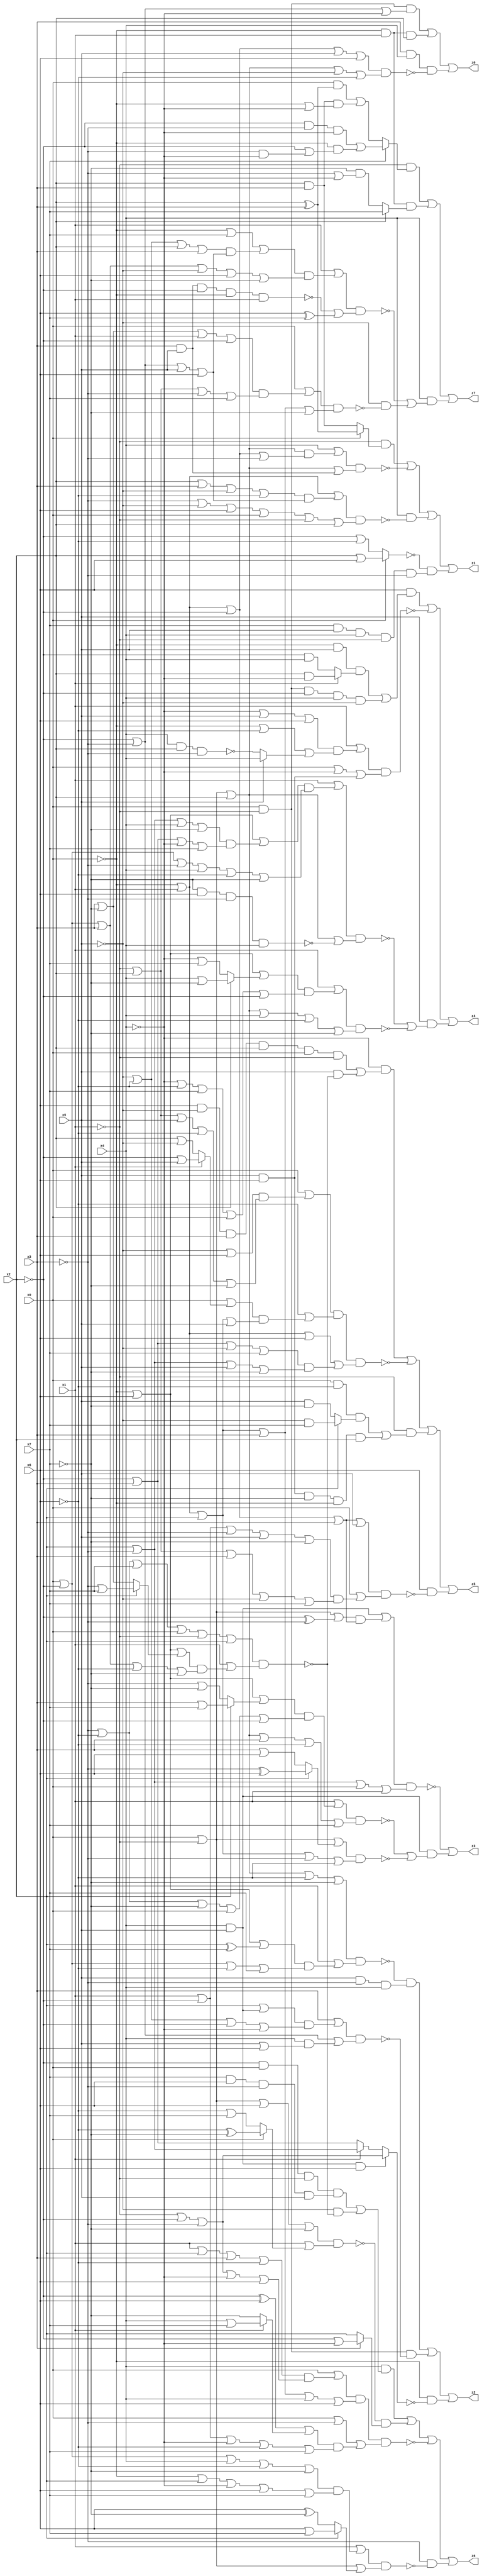
// Benchmark "quot_res" written by ABC on Sun Jan 08 05:21:12 2023

module quot_res ( 
    x0, x1, x2, x3, x4, x5, x6, x7,
    z0, z1, z2, z3, z4, z5, z6, z7  );
  input  x0, x1, x2, x3, x4, x5, x6, x7;
  output z0, z1, z2, z3, z4, z5, z6, z7;
  wire n18, n20, n21, n22, n23, n24, n26, n27, n28, n29, n31, n32, n33, n35,
    n36, n37, n38, n39, n40, n41, n43, n44, n45, n46, n47, n48, n49, n50,
    n51, n53, n54, n55, n56, n57, n58, n59, n60, n61, n63, n64, n65, n66,
    n67, n68;
  assign z0 = (x0 & ~x1 & (~x2 | ~x3 | ~x4)) | (~x0 & x1 & x2) | (x3 & x4 & ~n18);
  assign n18 = (~x0 | x1 | ~x2 | x5 | x6) & (x0 | ~x1 | x2 | ~x5 | ~x6);
  assign z1 = n21 | ~n24 | (x4 & ~n20) | (~n22 & n23);
  assign n20 = (~x0 | x1 | ((x2 | x3 | ~x5 | ~x6) & (~x2 | ~x3 | x5 | x6))) & (~x3 | ~x5 | x6 | x0 | ~x1 | x2);
  assign n21 = ~x1 & (x0 ? (x2 ^ x3) : (x2 & x3));
  assign n22 = x0 ? (x2 | x6) : (~x2 | ~x6);
  assign n23 = x7 & x5 & x4 & ~x1 & ~x3;
  assign n24 = (x4 | ((x0 | ~x1 | x2) & (~x0 | x1 | ~x2 | ~x3))) & (x0 | ~x1 | x2 | (x3 & x5));
  assign z2 = (~n28 & n29) | (x0 & ~x1 & ~n26) | (~x0 & ~n27);
  assign n26 = (x3 | ((x2 | (x4 & x5)) & (~x5 | ~x6 | ~x2 | ~x4))) & (~x2 | ~x3 | (x4 & (x5 | x6)));
  assign n27 = (x4 & x5 & x6) ? (~x1 | ~x2 | ~x3) : (x1 ? (x2 | ~x3) : (~x2 | x3));
  assign n28 = (x0 | ~x1 | x2 | ~x6 | ~x7) & (x1 | ((~x0 | x6 | (x2 ^ x7)) & (x0 | ~x2 | ~x6 | x7)));
  assign n29 = x5 & ~x3 & x4;
  assign z3 = ~n33 | (x4 & x5 & (~n31 | ~n32));
  assign n31 = (x1 | ((~x0 | x6 | (x2 ? (x3 | x7) : (~x3 | ~x7))) & (~x3 | ~x6 | ~x7 | x0 | ~x2))) & (x0 | ~x1 | x2 | x3 | ~x6 | x7);
  assign n32 = (x0 | ~x1 | (x2 ? (~x3 ^ x6) : (x3 | x6))) & (~x0 | x1 | x2 | ~x3 | ~x6);
  assign n33 = ((x4 & x5) | ((x0 | ~x1 | (~x2 ^ ~x3)) & (~x0 | x1 | ~x2 | x3))) & (x2 | ~x3 | x0 | x1);
  assign z4 = n39 | ~n40 | (x5 & (~n35 | ~n38));
  assign n35 = (x1 | n36) & (x0 | ~x1 | x2 | ~n37);
  assign n36 = (~x0 | x6 | ((x2 | ~x3 | x4 | ~x7) & (~x2 | x3 | ~x4 | x7))) & (x0 | ~x2 | ~x3 | x4 | ~x6 | ~x7);
  assign n37 = ~x7 & x6 & ~x3 & x4;
  assign n38 = (x1 | ((~x0 | x6 | (x2 ? (x4 | ~x7) : (~x4 | x7))) & (~x4 | ~x6 | x7 | x0 | ~x2))) & (x0 | ~x1 | x2 | x4 | ~x6 | ~x7);
  assign n39 = x6 & ((~x0 & x5 & (x1 ? (x2 & ~x4) : (~x2 & x4))) | (x0 & ~x1 & ~x2 & x4 & ~x5));
  assign n40 = (x1 | ((~x4 | x5 | x6) & (~x0 | ~x6 | (x5 ? x4 : ~n41)))) & (x0 | ~x4 | (x5 & x6));
  assign n41 = x4 & x2 & ~x3;
  assign z5 = n43 | ~n46 | n50 | (x6 & ~n51);
  assign n43 = ~x4 & (n45 | (x5 & ~n44));
  assign n44 = (~x3 | ~x6 | x7 | x0 | ~x1 | x2) & (x1 | ((~x0 | x6 | (x2 ? (~x3 | x7) : (x3 | ~x7))) & (x0 | ~x2 | x3 | ~x6 | ~x7)));
  assign n45 = x6 & ~x5 & x3 & x2 & x0 & ~x1;
  assign n46 = n49 & (~x6 | n47) & (~x0 | x1 | x6 | n48);
  assign n47 = (x0 | (x1 ? (~x2 | x5) : (x2 | ~x5))) & (~x0 | x1 | x2 | x5);
  assign n48 = (~x2 | x3 | ~x5 | x7) & (x2 | ~x3 | x5 | ~x7);
  assign n49 = x0 | ((~x5 | x6) & (~x1 | x2 | x5 | ~x6 | ~x7));
  assign n50 = ~x1 & ((x0 & ~x6 & (x2 ? (~x5 & x7) : (x5 & ~x7))) | (x5 & x6 & ~x7 & ~x0 & x2));
  assign n51 = (~x0 | x1 | ~x2 | x3 | x5) & (x0 | ((x1 | ~x2 | ~x3 | x5 | ~x7) & (~x1 | x2 | x3 | ~x5 | x7)));
  assign z6 = n53 | n57 | ~n59 | (~x3 & ~n56);
  assign n53 = x4 & ((n54 & n55) | (~x5 & ~n44));
  assign n54 = ~x2 & x0 & ~x1;
  assign n55 = x7 & x6 & ~x3 & x5;
  assign n56 = (x1 | ((x0 | ~x2 | x4 | ~x6 | ~x7) & (~x0 | x2 | ~x4 | x6 | x7))) & (x0 | ~x1 | (x2 ? (x6 | x7) : (x6 ^ ~x7)));
  assign n57 = ~n58 & (x3 ? (~x2 | ~x4) : x2);
  assign n58 = (x0 | ~x1 | x6 | ~x7) & (x1 | (x0 ? (~x6 ^ ~x7) : (~x6 | x7)));
  assign n59 = n61 & (x0 | ~x3 | n60);
  assign n60 = ((~x2 ^ x6) | (x1 ? (x4 | x7) : ~x7)) & (x1 | ~x2 | ~x4 | ~x6 | x7);
  assign n61 = (x0 | ((x1 | x2 | x3 | ~x6) & (~x1 | ~x2 | ~x3 | ~x4 | x6))) & (~x0 | x1 | x2 | x3 | x4 | x6);
  assign z7 = n66 | n67 | (x4 & (~n63 | (~x5 & ~n68)));
  assign n63 = (x1 | n64) & (~n65 | (x6 ^ x7));
  assign n64 = (~x0 | x7 | ((~x5 | ~x6 | x2 | x3) & (~x2 | ~x3 | x5 | x6))) & (x0 | ~x2 | x3 | ~x5 | x6 | ~x7);
  assign n65 = x5 & x3 & ~x2 & ~x0 & x1;
  assign n66 = ~x1 & (x7 ? ((~x2 & ~x3 & ~x4) | (~x0 & (~x2 | (~x3 & ~x4)))) : ((x0 & (x2 ^ x3)) | (x2 & x3 & (~x0 | ~x4))));
  assign n67 = ~x0 & x1 & (x2 ? x7 : (~x7 & (~x3 | ~x4)));
  assign n68 = (x0 | ((x3 | ~x7 | x1 | ~x2) & (~x1 | x2 | ~x3 | x7))) & (~x0 | x1 | x2 | x3 | ~x7);
endmodule